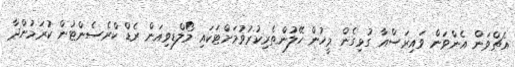
އެޗްވަން އެންވަން ވައިރަސްއާ ގުޅިގެން މީހުން ހޭލުންތެރިކުރުވުމަށްޓަކައި މޯލްޑިވިއަން ރެޑް ކްރެސެންޓުން ކުރަމުންދާ